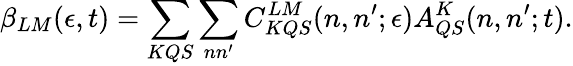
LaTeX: \beta_{LM}(\epsilon,t)=\sum_{KQS}\sum_{nn^{\prime}}C_{KQS}^{LM}(n,n^{\prime};\epsilon)A_{QS}^{K}(n,n^{\prime};t).